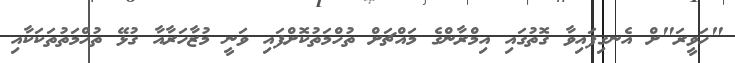
"ހަވީރަ"ށް އެނގިފައިވާ ގޮތުގައި އިމްރާންގެ މައްޗަށް ތުހްމަތުކޮށްފައި ވަނީ މުޒާހަރާއާ ގުޅޭ ތުހްމަތުތަކަކާއި